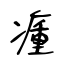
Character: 瘇